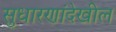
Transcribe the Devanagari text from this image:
सुधारणांदेखील